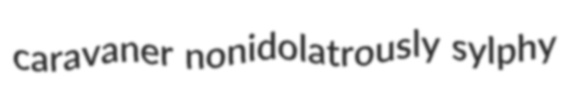
caravaner nonidolatrously sylphy